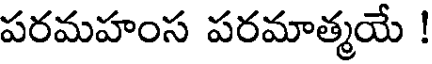
పరమహంస పరమాత్మయే !